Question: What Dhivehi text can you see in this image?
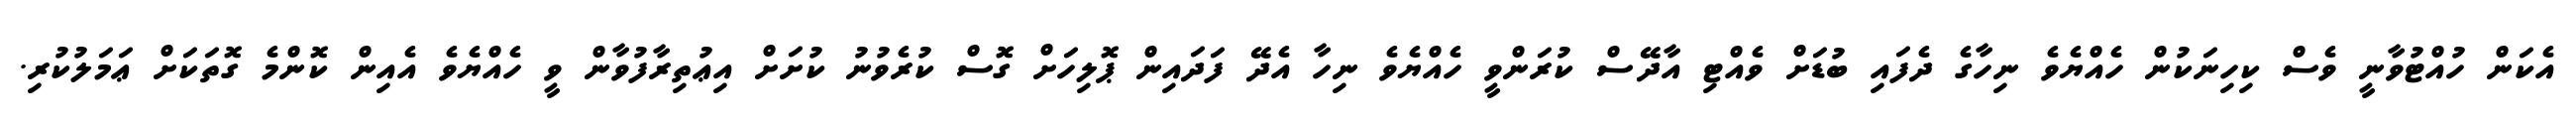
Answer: އެކަން ހުއްޓުވާނީ ވެސް ކިހިނަކުން ހެއްޔެވެ ނިހާގެ ދެފައި ބުޑަށް ވެއްޓި އާދޭސް ކުރަންވީ ހެއްޔެވެ ނިހާ އެދޭ ފަދައިން ޕޮލިހަށް ގޮސް ކުރެވުނު ކުށަށް އިޢުތިރާފުވާން ވީ ހެއްޔެވެ އެއިން ކޮންމެ ގޮތަކަށް ޢަމަލުކުރި.